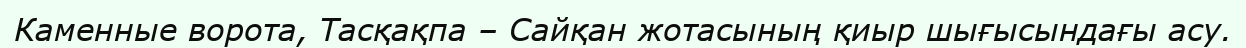
Каменные ворота, Тасқақпа – Сайқан жотасының қиыр шығысындағы асу.